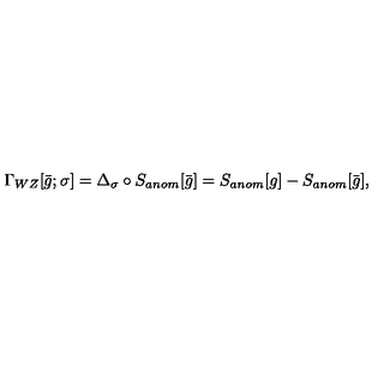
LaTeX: \Gamma _ { W Z } [ \bar { g } ; \sigma ] = \Delta _ { \sigma } \circ S _ { a n o m } [ \bar { g } ] = S _ { a n o m } [ g ] - S _ { a n o m } [ \bar { g } ] ,